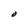
Character: O